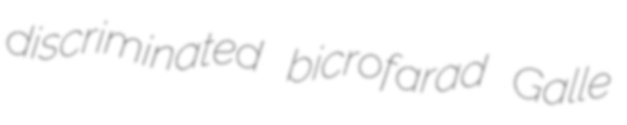
discriminated bicrofarad Galle